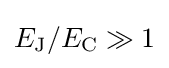
E_{\mathrm {J} }/E_{\mathrm {C} }\gg 1